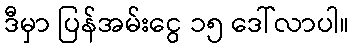
ဒီမှာ ပြန်အမ်းငွေ ၁၅ ဒေါ်လာပါ။